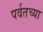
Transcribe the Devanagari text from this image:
पर्वतच्या